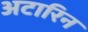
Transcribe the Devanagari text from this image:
अटारिन